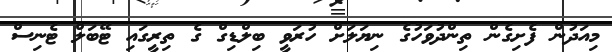
މިއަދުން ފެށިގެން ތިންދުވަހުގެ ނިޔަލަށް ހުރަވީ ބިލްޑިގް ގެ ތިރީގައި ޓޭބަލް ޓެނިސް